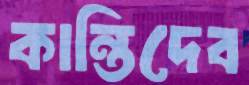
কান্তিদেব